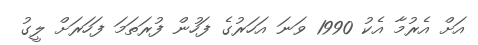
އަށް އެރުމާ އެކު 1990 ވަނަ އަހަރުގެ ފަހުން ފުރަތަމަ ފަހަރަށް ލީގު